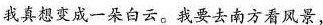
我真想变成一朵白云。我要去南方看风景，